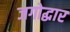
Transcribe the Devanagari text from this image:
जगोद्धार